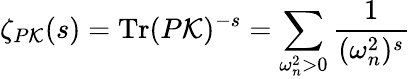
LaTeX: \zeta_{P{\cal K}}(s)=\mathrm{Tr}(P{\cal K})^{-s}=\sum_{\omega_{n}^{2}>0}\frac{1}{(\omega_{n}^{2})^{s}}